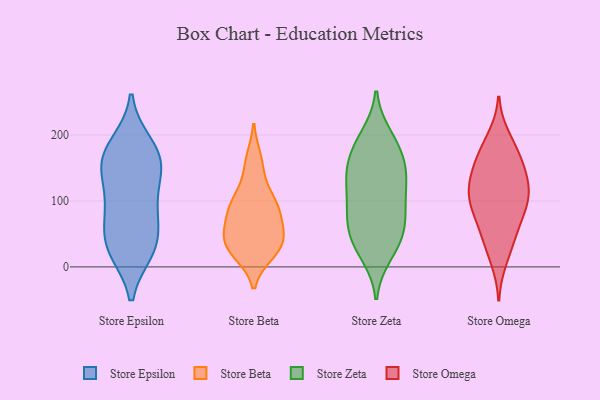
{"axis": {"x": "Backlog", "y": "Value"}, "legend": ["Store Beta", "Store Epsilon", "Store Omega", "Store Zeta"], "data": [{"x": "", "y": 85, "type": "Store Epsilon"}, {"x": "", "y": 88, "type": "Store Epsilon"}, {"x": "", "y": 33, "type": "Store Epsilon"}, {"x": "", "y": 89, "type": "Store Epsilon"}, {"x": "", "y": 33, "type": "Store Epsilon"}, {"x": "", "y": 141, "type": "Store Epsilon"}, {"x": "", "y": 150, "type": "Store Epsilon"}, {"x": "", "y": 32, "type": "Store Epsilon"}, {"x": "", "y": 176, "type": "Store Epsilon"}, {"x": "", "y": 154, "type": "Store Epsilon"}, {"x": "", "y": 164, "type": "Store Epsilon"}, {"x": "", "y": 185, "type": "Store Epsilon"}, {"x": "", "y": 26, "type": "Store Epsilon"}, {"x": "", "y": 152, "type": "Store Beta"}, {"x": "", "y": 35, "type": "Store Beta"}, {"x": "", "y": 104, "type": "Store Beta"}, {"x": "", "y": 85, "type": "Store Beta"}, {"x": "", "y": 61, "type": "Store Beta"}, {"x": "", "y": 22, "type": "Store Beta"}, {"x": "", "y": 52, "type": "Store Beta"}, {"x": "", "y": 93, "type": "Store Beta"}, {"x": "", "y": 34, "type": "Store Beta"}, {"x": "", "y": 26, "type": "Store Beta"}, {"x": "", "y": 162, "type": "Store Beta"}, {"x": "", "y": 100, "type": "Store Beta"}, {"x": "", "y": 29, "type": "Store Beta"}, {"x": "", "y": 52, "type": "Store Beta"}, {"x": "", "y": 89, "type": "Store Beta"}, {"x": "", "y": 18, "type": "Store Zeta"}, {"x": "", "y": 34, "type": "Store Zeta"}, {"x": "", "y": 131, "type": "Store Zeta"}, {"x": "", "y": 83, "type": "Store Zeta"}, {"x": "", "y": 53, "type": "Store Zeta"}, {"x": "", "y": 81, "type": "Store Zeta"}, {"x": "", "y": 60, "type": "Store Zeta"}, {"x": "", "y": 52, "type": "Store Zeta"}, {"x": "", "y": 157, "type": "Store Zeta"}, {"x": "", "y": 195, "type": "Store Zeta"}, {"x": "", "y": 138, "type": "Store Zeta"}, {"x": "", "y": 101, "type": "Store Zeta"}, {"x": "", "y": 199, "type": "Store Zeta"}, {"x": "", "y": 125, "type": "Store Zeta"}, {"x": "", "y": 175, "type": "Store Zeta"}, {"x": "", "y": 85, "type": "Store Zeta"}, {"x": "", "y": 130, "type": "Store Zeta"}, {"x": "", "y": 26, "type": "Store Zeta"}, {"x": "", "y": 152, "type": "Store Zeta"}, {"x": "", "y": 178, "type": "Store Zeta"}, {"x": "", "y": 61, "type": "Store Omega"}, {"x": "", "y": 34, "type": "Store Omega"}, {"x": "", "y": 196, "type": "Store Omega"}, {"x": "", "y": 135, "type": "Store Omega"}, {"x": "", "y": 77, "type": "Store Omega"}, {"x": "", "y": 118, "type": "Store Omega"}, {"x": "", "y": 162, "type": "Store Omega"}, {"x": "", "y": 98, "type": "Store Omega"}, {"x": "", "y": 90, "type": "Store Omega"}, {"x": "", "y": 184, "type": "Store Omega"}, {"x": "", "y": 11, "type": "Store Omega"}, {"x": "", "y": 128, "type": "Store Omega"}, {"x": "", "y": 94, "type": "Store Omega"}, {"x": "", "y": 122, "type": "Store Omega"}, {"x": "", "y": 163, "type": "Store Omega"}, {"x": "", "y": 110, "type": "Store Omega"}, {"x": "", "y": 45, "type": "Store Omega"}, {"x": "", "y": 158, "type": "Store Omega"}]}